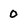
Character: 0